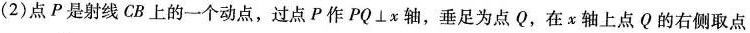
(2)点P是射线CB上的一个动点，过点P作PQ⊥x轴，垂足为点Q，在α轴上点Q的右侧取点